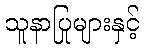
သူနာပြုများနှင့်